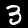
Label: 3